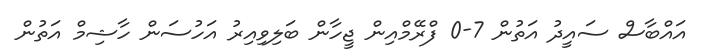
އައްބާސް ސައީދު އަތުން 7-0 ފްރޭމްއިން ޖީހާން ބަލިވިއިރު އަހުސަން ހާޝިމް އަތުން